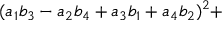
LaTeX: ( a _ { 1 } b _ { 3 } - a _ { 2 } b _ { 4 } + a _ { 3 } b _ { 1 } + a _ { 4 } b _ { 2 } ) ^ { 2 } +